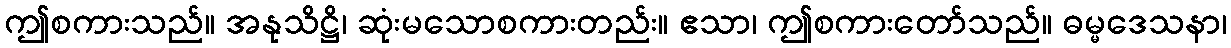
ဤစကားသည်။ အနုသိဋ္ဌိ၊ ဆုံးမသောစကားတည်း။ ဧသာ၊ ဤစကားတော်သည်။ ဓမ္မဒေသနာ၊